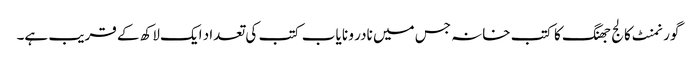
گورنمنٹ کالج جھنگ کا کتب خانہ جس میں نادر و نا یاب کتب کی تعداد ایک لاکھ کے قریب ہے۔